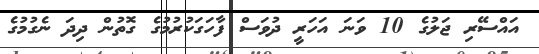
އައްސޭރި ޖަލުގެ 10 ވަނަ އަހަރީ ދުވަސް ފާހަގަކުރުމުގެ ގޮތުން ދިދަ ނެގުމުގެ